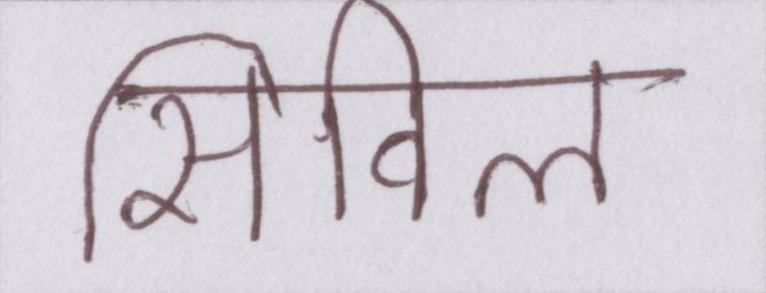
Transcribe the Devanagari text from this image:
सिविल